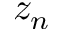
z _ { n }